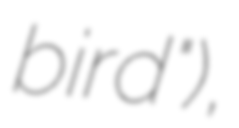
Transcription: bird"),